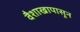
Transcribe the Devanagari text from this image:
वैशाखापासून